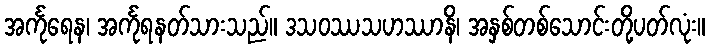
အင်္ကုရေန၊ အင်္ကုရနတ်သားသည်။ ဒသဝဿသဟဿာနိ၊ အနှစ်တစ်သောင်းတို့ပတ်လုံး။